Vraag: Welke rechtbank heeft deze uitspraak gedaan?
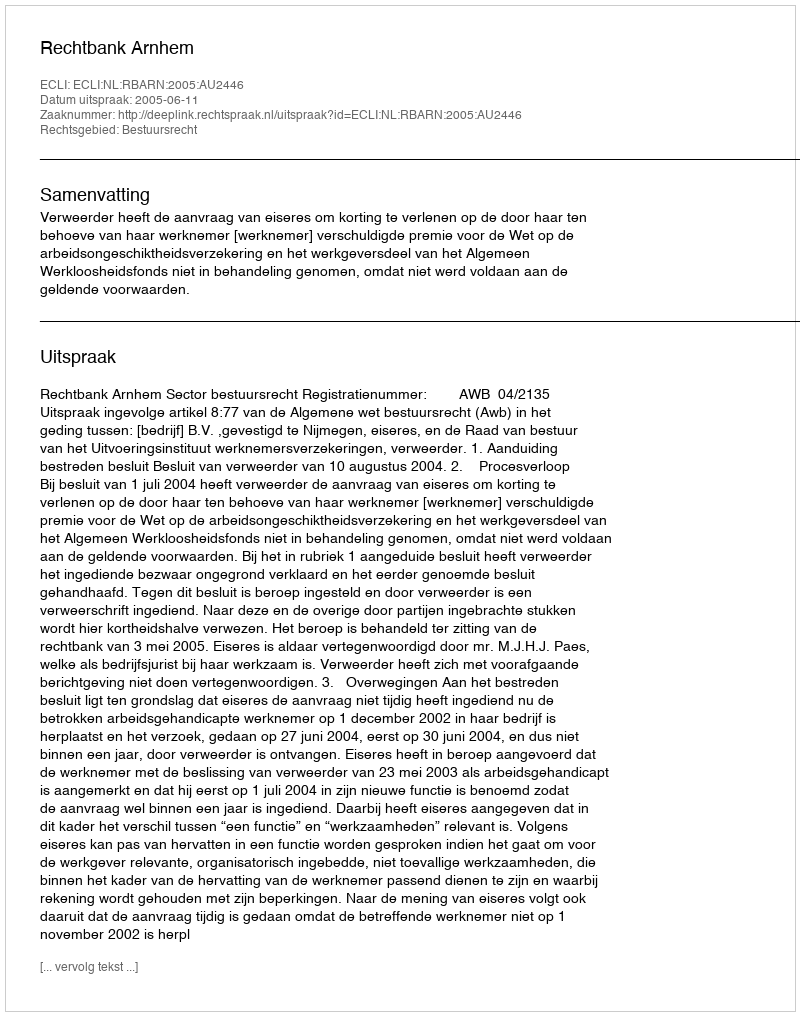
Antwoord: Rechtbank Arnhem